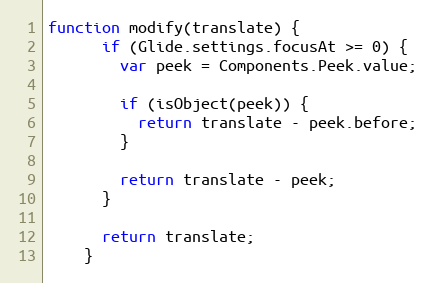
Language: JavaScript
function modify(translate) {
      if (Glide.settings.focusAt >= 0) {
        var peek = Components.Peek.value;

        if (isObject(peek)) {
          return translate - peek.before;
        }

        return translate - peek;
      }

      return translate;
    }